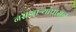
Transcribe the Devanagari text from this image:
नसणाऱ्यांपासून